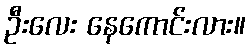
ဦးလေး နေကောင်းလား။